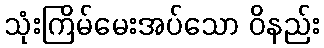
သုံးကြိမ်မေးအပ်သော ဝိနည်း